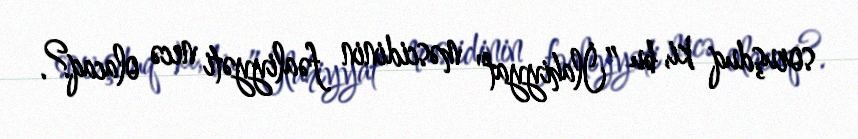
soruşduq ki, bu ”İlahiyyat" məscidinin fəaliyyəti necə olacaq?.